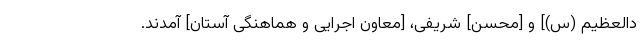
دالعظیم (س)] و [محسن] شریفی، [معاون اجرایی و هماهنگی آستان] آمدند.